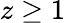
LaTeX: z\ge 1